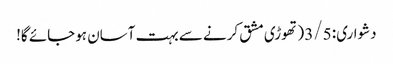
دشواری: 3/5 (تھوڑی مشق کرنے سے بہت آسان ہوجائے گا!